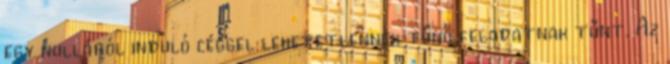
egy nulláról induló céggel lehetetlennek tűnő feladatnak tűnt. Az